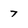
Character: 7